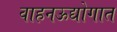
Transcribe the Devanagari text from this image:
वाहनऊद्योगात